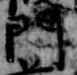
門